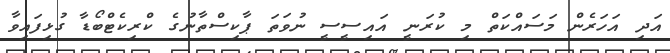
އަދި އަހަރެން މަސައްކަތް މި ކުރަނީ އައިސީސީ ނުވަތަ ޕާކިސްތާނުގެ ކްރިކެޓްބޯޑާ ގުޅިފައިވާ